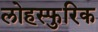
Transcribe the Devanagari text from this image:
लोहस्फुरिक